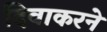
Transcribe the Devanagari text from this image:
दिवाकरने